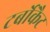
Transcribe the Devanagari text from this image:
टर्बोकैट